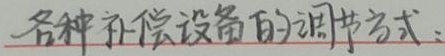
各种补偿设备的调节方式：